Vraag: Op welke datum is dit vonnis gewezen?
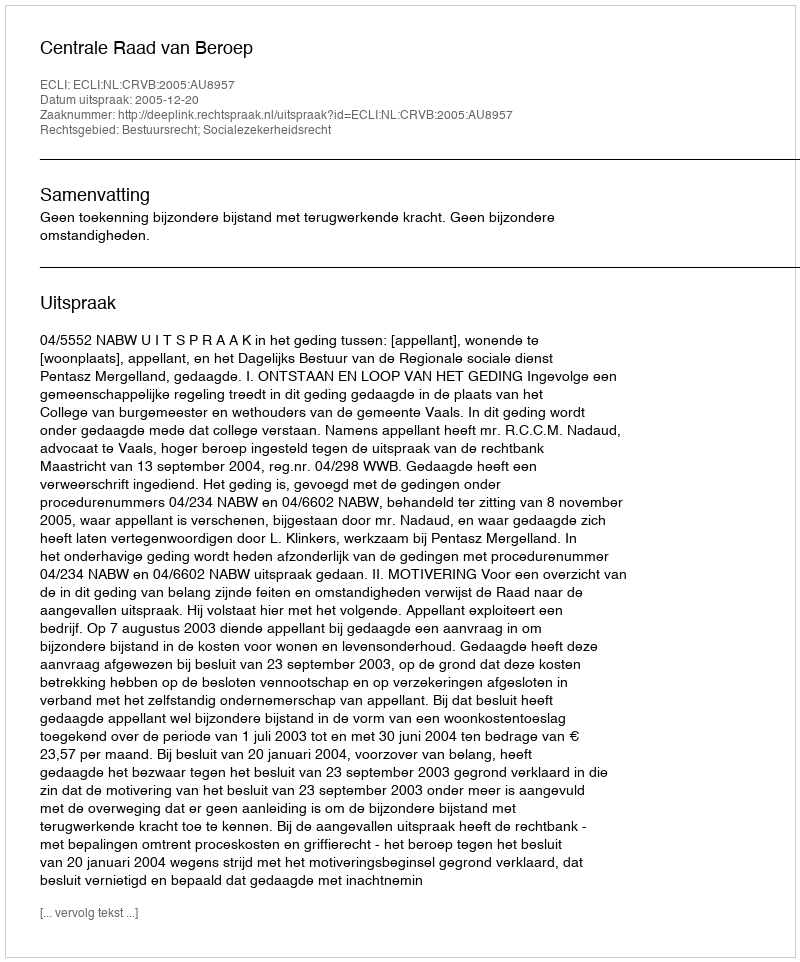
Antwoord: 2005-12-20